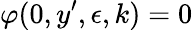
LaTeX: \varphi(0,y^{\prime},\epsilon,k)=0